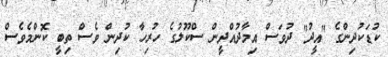
ކުޑަކުދިންގެ "އީދު" ދުވަސް އިމާދުއްދީން ސްކޫލުގެ ހުރިހާ ކުދިން ވެސް ތިބީ ކޮންމެވެސް